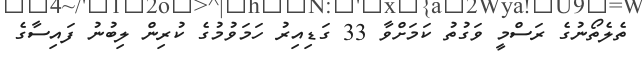
ތެލެތޯނުގެ ރަސްމީ ވަގުތު ކަމަށްވާ 33 ގަޑިއިރު ހަމަވުމުގެ ކުރިން ލިބުނު ފައިސާގެ